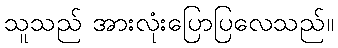
သူသည် အားလုံးပြောပြလေသည်။